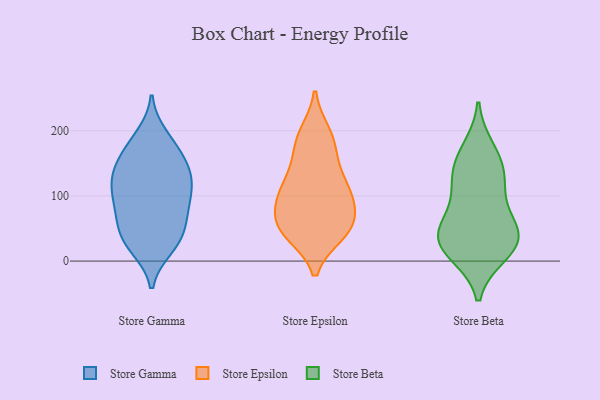
{"axis": {"x": "Energy Usage (MWh)", "y": "Value"}, "legend": ["Store Beta", "Store Epsilon", "Store Gamma"], "data": [{"x": "", "y": 42, "type": "Store Gamma"}, {"x": "", "y": 113, "type": "Store Gamma"}, {"x": "", "y": 108, "type": "Store Gamma"}, {"x": "", "y": 45, "type": "Store Gamma"}, {"x": "", "y": 21, "type": "Store Gamma"}, {"x": "", "y": 91, "type": "Store Gamma"}, {"x": "", "y": 141, "type": "Store Gamma"}, {"x": "", "y": 132, "type": "Store Gamma"}, {"x": "", "y": 26, "type": "Store Gamma"}, {"x": "", "y": 152, "type": "Store Gamma"}, {"x": "", "y": 83, "type": "Store Gamma"}, {"x": "", "y": 71, "type": "Store Gamma"}, {"x": "", "y": 192, "type": "Store Gamma"}, {"x": "", "y": 65, "type": "Store Gamma"}, {"x": "", "y": 144, "type": "Store Gamma"}, {"x": "", "y": 130, "type": "Store Gamma"}, {"x": "", "y": 175, "type": "Store Gamma"}, {"x": "", "y": 179, "type": "Store Gamma"}, {"x": "", "y": 28, "type": "Store Gamma"}, {"x": "", "y": 103, "type": "Store Gamma"}, {"x": "", "y": 50, "type": "Store Epsilon"}, {"x": "", "y": 197, "type": "Store Epsilon"}, {"x": "", "y": 85, "type": "Store Epsilon"}, {"x": "", "y": 46, "type": "Store Epsilon"}, {"x": "", "y": 115, "type": "Store Epsilon"}, {"x": "", "y": 80, "type": "Store Epsilon"}, {"x": "", "y": 141, "type": "Store Epsilon"}, {"x": "", "y": 196, "type": "Store Epsilon"}, {"x": "", "y": 110, "type": "Store Epsilon"}, {"x": "", "y": 43, "type": "Store Epsilon"}, {"x": "", "y": 82, "type": "Store Epsilon"}, {"x": "", "y": 45, "type": "Store Epsilon"}, {"x": "", "y": 112, "type": "Store Epsilon"}, {"x": "", "y": 168, "type": "Store Epsilon"}, {"x": "", "y": 173, "type": "Store Epsilon"}, {"x": "", "y": 64, "type": "Store Epsilon"}, {"x": "", "y": 112, "type": "Store Epsilon"}, {"x": "", "y": 41, "type": "Store Epsilon"}, {"x": "", "y": 12, "type": "Store Beta"}, {"x": "", "y": 35, "type": "Store Beta"}, {"x": "", "y": 115, "type": "Store Beta"}, {"x": "", "y": 48, "type": "Store Beta"}, {"x": "", "y": 140, "type": "Store Beta"}, {"x": "", "y": 104, "type": "Store Beta"}, {"x": "", "y": 171, "type": "Store Beta"}, {"x": "", "y": 57, "type": "Store Beta"}, {"x": "", "y": 44, "type": "Store Beta"}, {"x": "", "y": 24, "type": "Store Beta"}, {"x": "", "y": 150, "type": "Store Beta"}, {"x": "", "y": 20, "type": "Store Beta"}]}